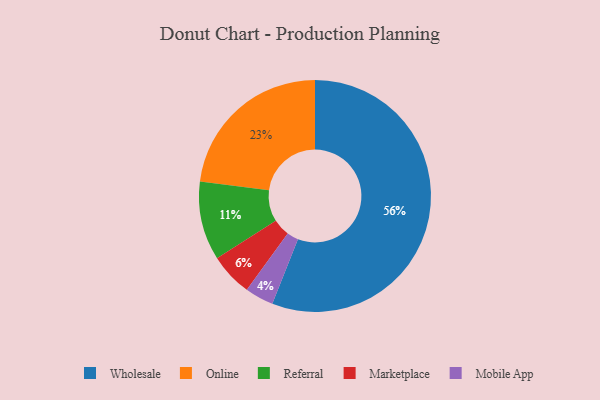
{"axis": {"x": "Category", "y": "Percentage"}, "legend": ["Marketplace", "Mobile App", "Online", "Referral", "Wholesale"], "data": [{"x": "Marketplace", "y": 6, "type": "Marketplace"}, {"x": "Wholesale", "y": 56, "type": "Wholesale"}, {"x": "Online", "y": 23, "type": "Online"}, {"x": "Referral", "y": 11, "type": "Referral"}, {"x": "Mobile App", "y": 4, "type": "Mobile App"}]}